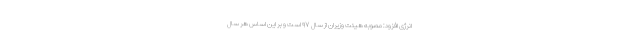
انرژی افزود: مصوبه هیئت وزیران از سال ۹۷ است و بر این اساس هر سال